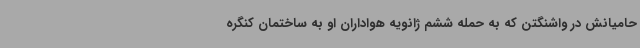
حامیانش در واشنگتن که به حمله ششم ژانویه هواداران او به ساختمان کنگره